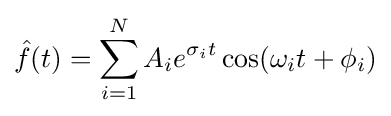
{\hat {f}}(t)=\sum _{i=1}^{N}A_{i}e^{\sigma _{i}t}\cos(\omega _{i}t+\phi _{i})